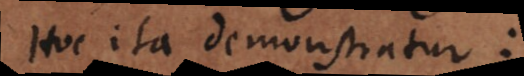
Hoc ita demonstratur: